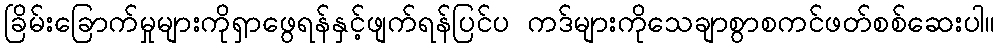
ခြိမ်းခြောက်မှုများကိုရှာဖွေရန်နှင့်ဖျက်ရန်ပြင်ပ ကဒ်များကိုသေချာစွာစကင်ဖတ်စစ်ဆေးပါ။